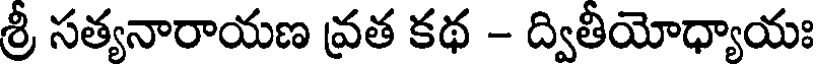
శ్రీ సత్యనారాయణ వ్రత కథ - ద్వితీయోధ్యాయః